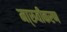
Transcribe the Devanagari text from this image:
मा्रुवीकरण